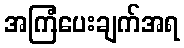
အကြံပေးချက်အရ